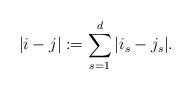
LaTeX: \begin{align*}|i-j|:=\sum_{s=1}^d|i_s-j_s|.\end{align*}